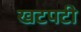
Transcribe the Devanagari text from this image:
खटपटी